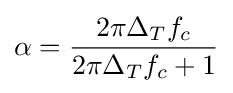
\alpha ={\frac {2\pi \Delta _{T}f_{c}}{2\pi \Delta _{T}f_{c}+1}}